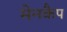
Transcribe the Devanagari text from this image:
मेनकैप